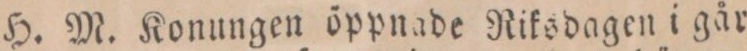
H. M. Konungen öppnade Riksdagen i går